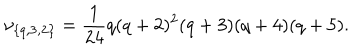
LaTeX: \nu _ { \{ q , { \bf 3 } , { \bf 2 } \} } = { \frac { 1 } { 2 4 } } q ( q + 2 ) ^ { 2 } ( q + 3 ) ( q + 4 ) ( q + 5 ) .